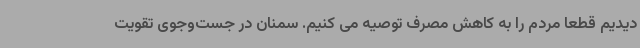
دیدیم قطعا مردم را به کاهش مصرف توصیه می کنیم. سمنان در جست‌وجوی تقویت